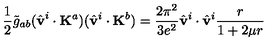
\frac { 1 } { 2 } \tilde { g } _ { a b } ( \hat { \bf v } ^ { i } \cdot { \bf K } ^ { a } ) ( \hat { \bf v } ^ { i } \cdot { \bf K } ^ { b } ) = \frac { 2 \pi ^ { 2 } } { 3 e ^ { 2 } } \hat { \bf v } ^ { i } \cdot \hat { \bf v } ^ { i } \frac { r } { 1 + 2 \mu r }